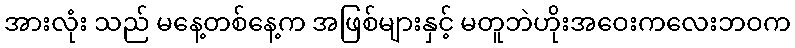
အားလုံး သည် မနေ့တစ်နေ့က အဖြစ်များနှင့် မတူဘဲဟိုးအဝေးကလေးဘဝက